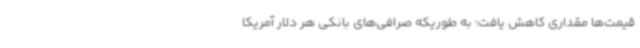
قیمت‌ها مقداری کاهش یافت؛ به طوریکه صرافی‌های بانکی هر دلار آمریکا